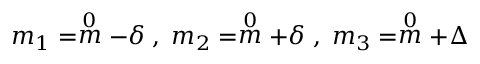
m _ { 1 } = \stackrel { 0 } { m } - \delta \; , \; m _ { 2 } = \stackrel { 0 } { m } + \delta \; , \; m _ { 3 } = \stackrel { 0 } { m } + \Delta